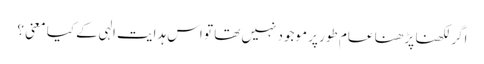
اگر لکھنا پڑھنا عام طور پر موجود نہیں تھا تو اس ہدایت الہی کے کیا معنی ؟